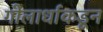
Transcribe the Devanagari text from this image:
गोलार्धाकडून